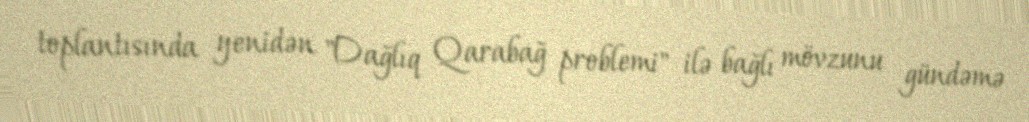
toplantısında yenidən "Dağlıq Qarabağ problemi" ilə bağlı mövzunu gündəmə